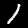
Label: 1